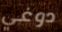
دوغي